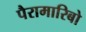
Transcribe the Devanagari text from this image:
पैरामारिबो